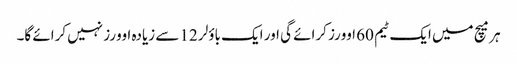
ہر میچ میں ایک ٹیم 60 اوورز کرائے گی اور ایک باؤلر 12 سے زیادہ اوورز نہیں کرائے گا۔